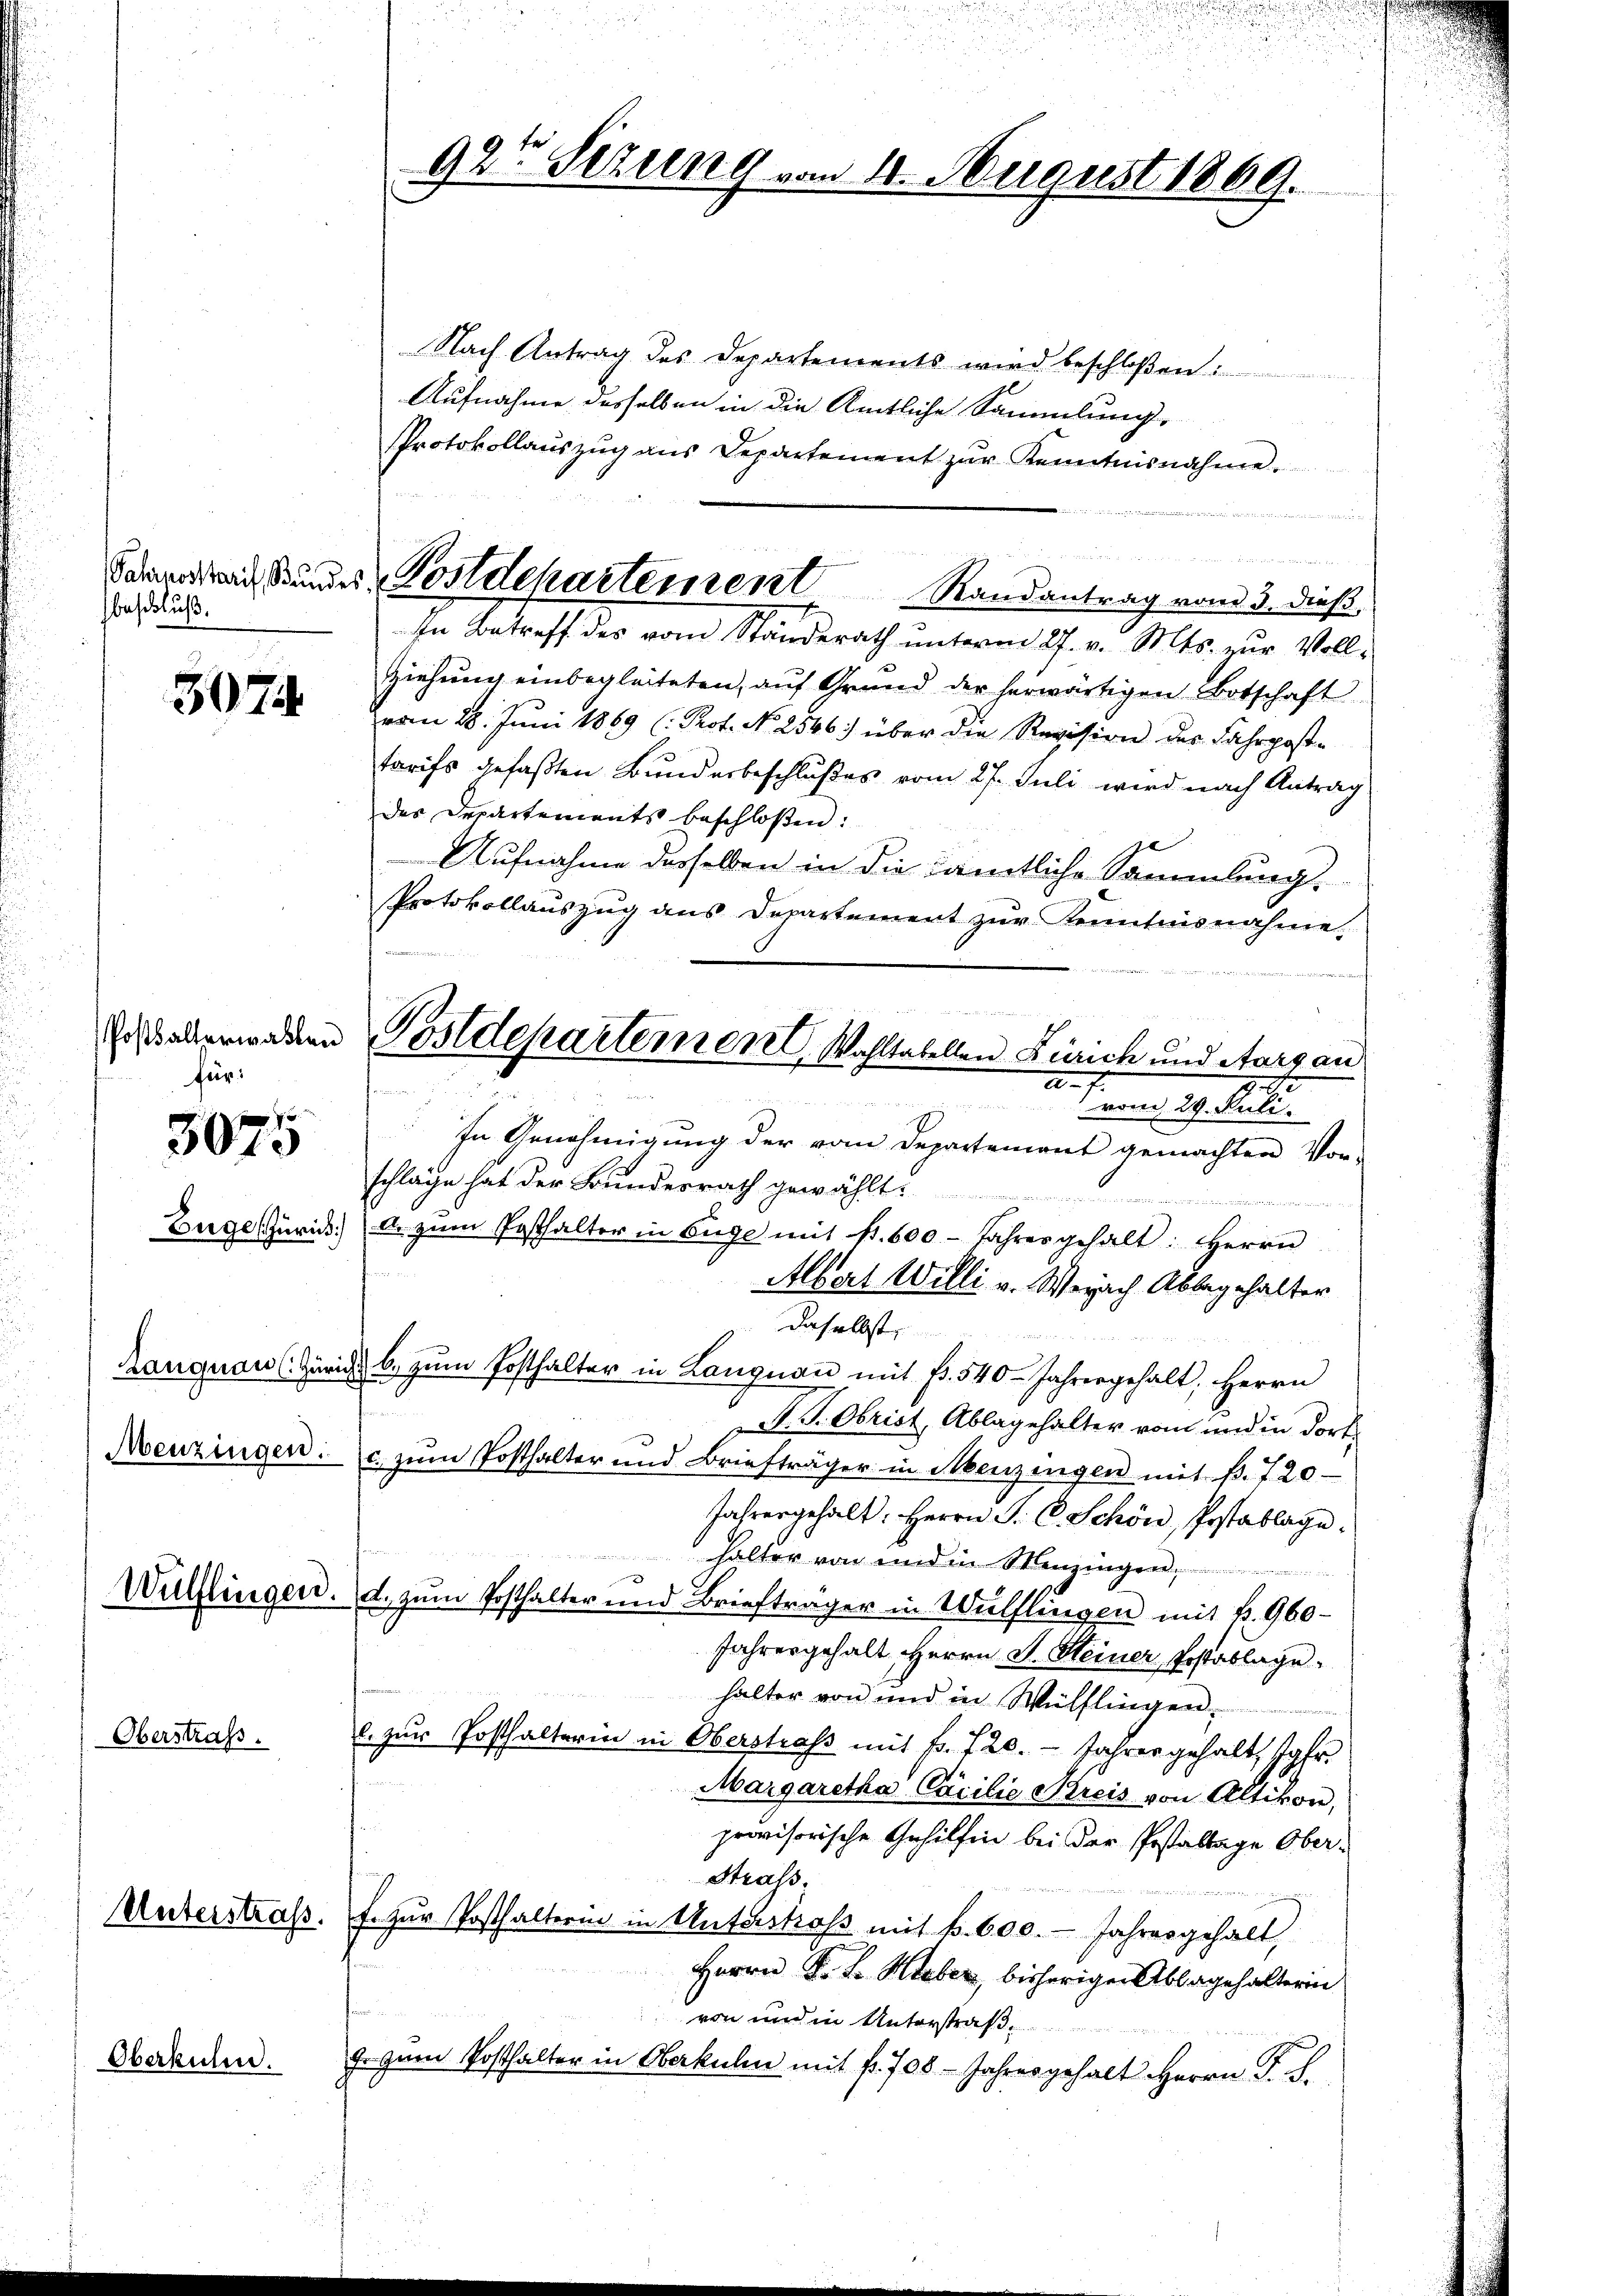
beschluß.

507.

für:

3075

Oberstraß.

Oberkulin.

Nach Antrag des Departements wird beschloßen:
Aufnahme desselben in die Amtliche Sammlung,
Protokollaŭszŭg ans Departement zŭr Kenntnisnahme.

In Betreff des vom Standerath unterm 27. v. Mts. zur Voll¬
Ziehung einbegleiteten, auf Grund der herwärtigen Botschaft
vom 28. Juni 1869 (Prot. No 2546) über die Revision des Fahrposte
tarifs gefaßten Bunderbeschlußes vom 27. Juli wird nach Antrag
des Departements beschloßen:
e
Aufnahme desselben in die sämtliche Sammlung.
g
Protokollauszug aus Departement zur Kenntnisnahme,

vom 29. Juli.
In Genehmigung der vom Departement gemachten Vor-
schläge hat der Bundesrath gewählt:
Zuge Zürich) u. zŭm Posthalter in Enge mit fr. 600 Jahres gehalt: Herrn
Albert Willi v. Weiach Abbegehalter
daselbst,
Langnau (Züricht 6. zum Posthalter in Langnau mit Fr. 540 Jahrengehalt, Herrn
D. G. Obrist, Ablagehalter vom und in dort
Menzingen. c. zŭm Posthalter und Briefträger in Menzingen mit f. 720
Jahresgehalt: Herrn J. C. Schön, Postablage.
halter von und in Menzingen
Vülflingen. d. zum Posthalter und Briefträger in Wülflingen mit B. 960
Jahresgehalt Herrn D. Meiner, Postablage
halter von und in Wülflingen.
c. zŭr Posthalterin in Oberstraf mit fr. 720. Jahres gehalt, Jgfr.
Margaretha Cacilie Kreis von Altikon,
provisorische Gehilfen bei der Pestaltige Ober¬
Straß.
Unterstraß. f. zur Posthalterin in Unterstraß mit k. 600. - Jahresgehalt,
Herrn P. F. Hieber, bisherigen Ablagehalterin
von und in Unterstraße
J. zum Posthalter in Oberkulin mit fr. 708. - Jahresgehalt Herrn P. F.

92t Sizung von 4. August 1869.

Sahnerrad Bundes Postdepartement Randantrag vom 3. dieß,

Erst abermagen Postdepartement Wohltabellen Zürich und Aargau
a. f.